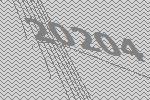
20204